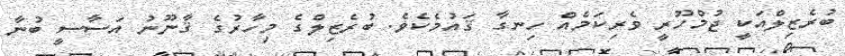
ބުރެޒިލްއަކީ ޖުމްހޫރީ ވެރިކަމެެއް ހިނގާ ޤައުމެކެވެ. ބުރެޒިލްގެ މިހާރުގެ ޤާނޫނު އަސާސީ ބުނާ